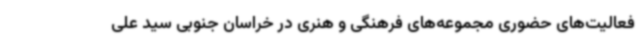
فعالیت‌های حضوری مجموعه‌های فرهنگی و هنری در خراسان جنوبی سید علی